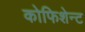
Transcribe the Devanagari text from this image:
कोफिशेन्ट